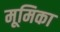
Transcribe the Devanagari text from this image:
मूमिका